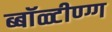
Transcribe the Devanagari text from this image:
ब्बॉळ्टीण्ग्ग